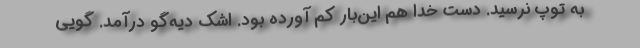
به توپ نرسید. دست خدا هم این‌بار کم آورده بود. اشک دیه‌گو درآمد. گویی